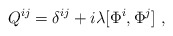
\begin{align*}Q^{ij}=\delta^{ij}+i\lambda [\Phi^i,\Phi^j] \ ,\end{align*}